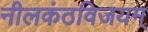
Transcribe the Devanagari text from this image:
नीलकंठविजयम्